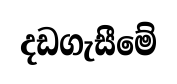
දඩගැසීමේ